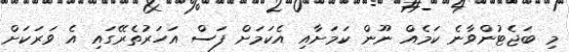
މި ބަޖެޓުންވާނެ ކަމެއް ނޫން ކަމަށާއި އެކަމަށް ފަސް އަހަރުތެރޭގައި އެ ވަރަކަށް